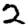
Digit: 2